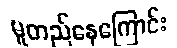
မူတည်နေကြောင်း